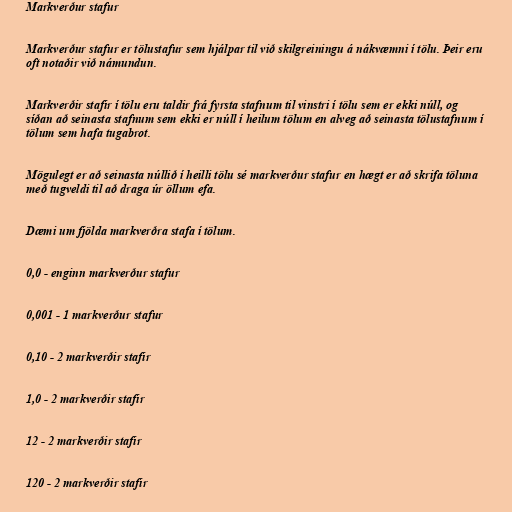
Markverður stafur

Markverður stafur er tölustafur sem hjálpar til við skilgreiningu á nákvæmni í tölu. Þeir eru
oft notaðir við námundun.

Markverðir stafir í tölu eru taldir frá fyrsta stafnum til vinstri í tölu sem er ekki núll, og
síðan að seinasta stafnum sem ekki er núll í heilum tölum en alveg að seinasta tölustafnum í
tölum sem hafa tugabrot.

Mögulegt er að seinasta núllið í heilli tölu sé markverður stafur en hægt er að skrifa töluna
með tugveldi til að draga úr öllum efa.

Dæmi um fjölda markverðra stafa í tölum.

0,0 - enginn markverður stafur

0,001 - 1 markverður stafur

0,10 - 2 markverðir stafir

1,0 - 2 markverðir stafir

12 - 2 markverðir stafir

120 - 2 markverðir stafir